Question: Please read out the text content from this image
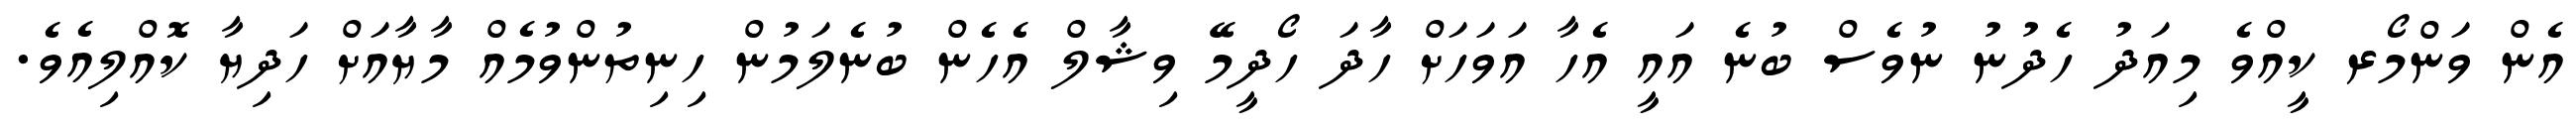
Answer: އެން ވަންމޯރ ކީއްވެ މިއަދު ހެދުނު ނުވެސް ބުނެ އައީ އެހާ އަވަހަށް ހާދަ ހޯދީމޭ ވިޝާލް އެހެން ބުނެލަމުން ހިނިތުންވުމެއް މާޔާއަށް ހަދިޔާ ކޮއްލިއެވެ.